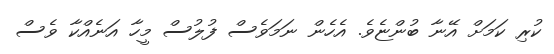
ކުރި ކަމަށް އޭނާ ބުންޏެވެ. އެހެން ނަމަވެސް ފުލުސް މީހާ އަނެއްކާ ވެސް